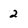
Character: 2